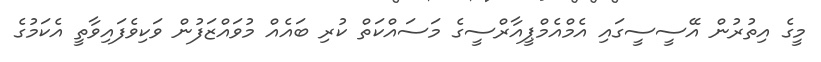
މީގެ އިތުރުން އޭސީސީގައި އެމްއެމްޕީއާރްސީގެ މަސައްކަތް ކުރި ބައެއް މުވައްޒަފުން ވަކިވެފައިވާތީ އެކަމުގެ